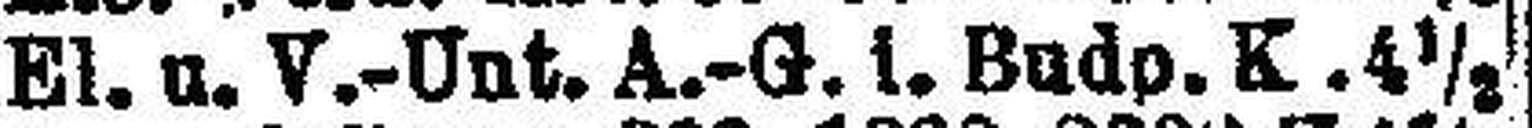
El. u. V.-Unt. A.-G. i. Budo. K. 4½